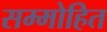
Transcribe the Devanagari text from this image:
सम्‍मोहित